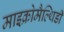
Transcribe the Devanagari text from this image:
माइक्रोमैल्थिडी